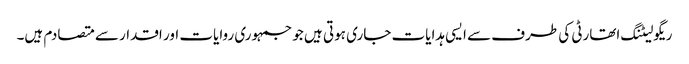
ریگولیٹنگ اتھارٹی کی طرف سے ایسی ہدایات جاری ہوتی ہیں جو جمہوری روایات اور اقدار سے متصادم ہیں۔